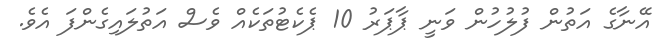
އޭނާގެ އަތުން ފުލުހުން ވަނީ ޕާޕަރު 10 ޕެކެޓުތަކެއް ވެސް އަތުލައިގެންފަ އެވެ.